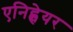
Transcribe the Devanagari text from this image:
एनिह्वेयर